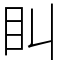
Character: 𥃧